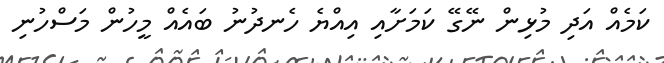
ކަމެއް އަދި މުޅިން ނޭގޭ ކަމަށާއި އިއްޔެ ހެނދުނު ބައެއް މީހުން މަސްހުނި